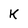
Character: K